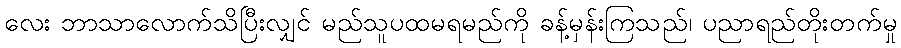
လေး ဘာသာလောက်သိပြီးလျှင် မည်သူပထမရမည်ကို ခန့်မှန်းကြသည်၊ ပညာရည်တိုးတက်မှု